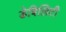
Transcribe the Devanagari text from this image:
डेबिलिटी